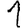
Digit: 1